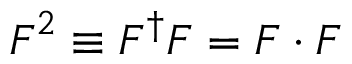
\boldsymbol { F } ^ { 2 } \equiv \boldsymbol { F } ^ { \dagger } \boldsymbol { F } = \boldsymbol { F } \cdot \boldsymbol { F }